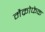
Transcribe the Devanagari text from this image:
मैक्रोफेक